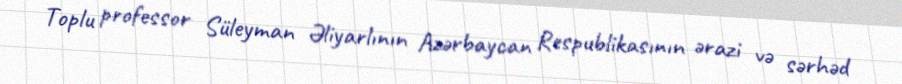
Toplu professor Süleyman Əliyarlının Azərbaycan Respublikasının ərazi və sərhəd